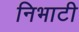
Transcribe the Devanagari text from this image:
निभाटी